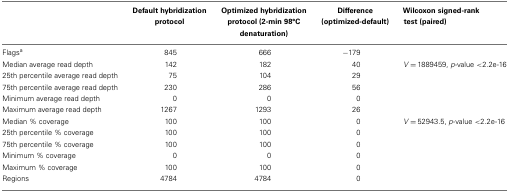
|  | Default hybridization protocol | Optimized hybridization protocol (2-min 98°C denaturation) | Difference (optimized-default) | Wilcoxon signed-rank test (paired) |
 | --- | --- | --- | --- | --- |
 | Flagsa | 845 | 666 | −179 |  |
 | Median average read depth | 142 | 182 | 40 | V = 1889459, p-value <2.2e-16 |
 | 25th percentile average read depth | 75 | 104 | 29 |  |
 | 75th percentile average read depth | 230 | 286 | 56 |  |
 | Minimum average read depth | 0 | 0 | 0 |  |
 | Maximum average read depth | 1267 | 1293 | 26 |  |
 | Median % coverage | 100 | 100 | 0 | V = 52943.5, p-value <2.2e-16 |
 | 25th percentile % coverage | 100 | 100 | 0 |  |
 | 75th percentile % coverage | 100 | 100 | 0 |  |
 | Minimum % coverage | 0 | 0 | 0 |  |
 | Maximum % coverage | 100 | 100 | 0 |  |
 | Regions | 4784 | 4784 | 0 |  |